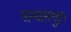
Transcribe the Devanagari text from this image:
अम्बासमुद्रम